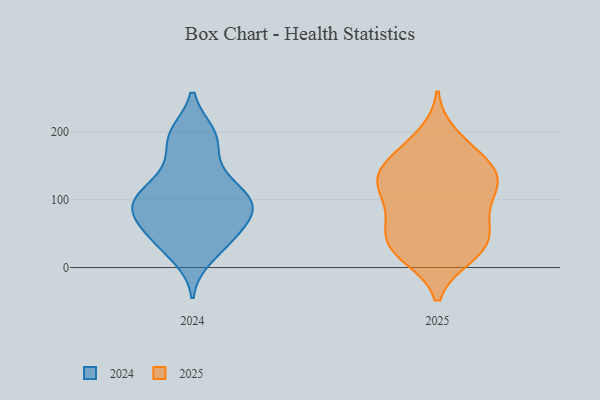
{"axis": {"x": "Customer Acquisition Cost (USD)", "y": "Value"}, "legend": ["2024", "2025"], "data": [{"x": "", "y": 37, "type": "2024"}, {"x": "", "y": 157, "type": "2024"}, {"x": "", "y": 101, "type": "2024"}, {"x": "", "y": 40, "type": "2024"}, {"x": "", "y": 66, "type": "2024"}, {"x": "", "y": 92, "type": "2024"}, {"x": "", "y": 120, "type": "2024"}, {"x": "", "y": 70, "type": "2024"}, {"x": "", "y": 134, "type": "2024"}, {"x": "", "y": 198, "type": "2024"}, {"x": "", "y": 196, "type": "2024"}, {"x": "", "y": 46, "type": "2024"}, {"x": "", "y": 15, "type": "2024"}, {"x": "", "y": 91, "type": "2024"}, {"x": "", "y": 191, "type": "2024"}, {"x": "", "y": 105, "type": "2024"}, {"x": "", "y": 88, "type": "2024"}, {"x": "", "y": 91, "type": "2024"}, {"x": "", "y": 87, "type": "2025"}, {"x": "", "y": 120, "type": "2025"}, {"x": "", "y": 173, "type": "2025"}, {"x": "", "y": 120, "type": "2025"}, {"x": "", "y": 31, "type": "2025"}, {"x": "", "y": 124, "type": "2025"}, {"x": "", "y": 17, "type": "2025"}, {"x": "", "y": 122, "type": "2025"}, {"x": "", "y": 57, "type": "2025"}, {"x": "", "y": 64, "type": "2025"}, {"x": "", "y": 151, "type": "2025"}, {"x": "", "y": 37, "type": "2025"}, {"x": "", "y": 160, "type": "2025"}, {"x": "", "y": 125, "type": "2025"}, {"x": "", "y": 73, "type": "2025"}, {"x": "", "y": 194, "type": "2025"}, {"x": "", "y": 33, "type": "2025"}, {"x": "", "y": 17, "type": "2025"}, {"x": "", "y": 146, "type": "2025"}]}